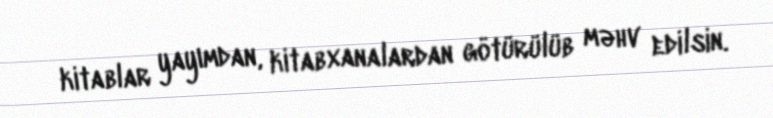
kitablar yayımdan, kitabxanalardan götürülüb məhv edilsin.